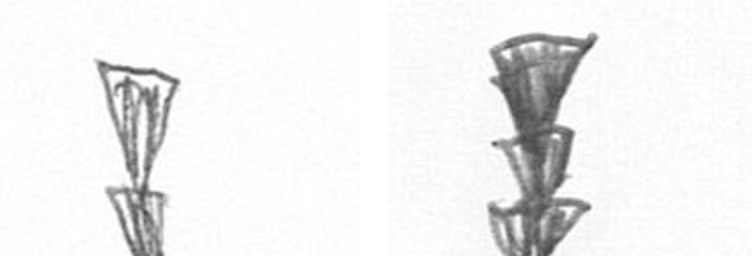
Z E